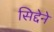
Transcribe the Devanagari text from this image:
सिद्देने